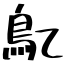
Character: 鳦